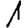
Digit: 1